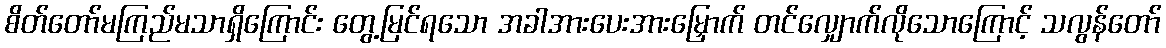
စိတ်တော်မကြည်မသာရှိကြောင်း တွေ့မြင်ရသော အခါအားပေးအားမြှောက် တင်လျှောက်လိုသောကြောင့် သလွန်တော်